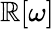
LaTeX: \mathbb{R}[\omega]